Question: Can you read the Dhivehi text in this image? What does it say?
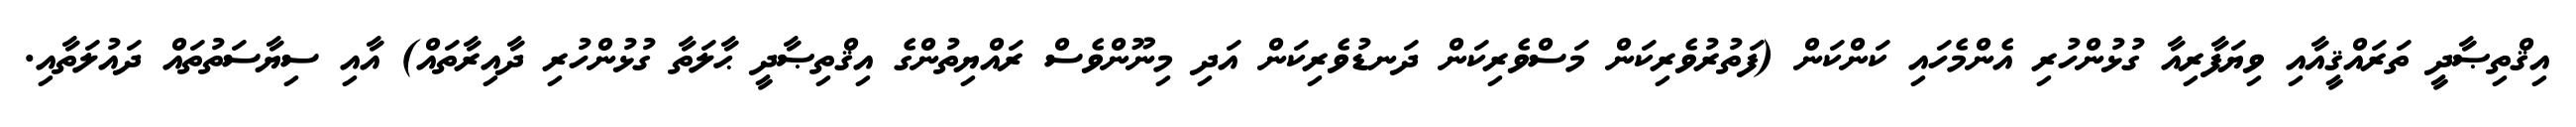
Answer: އިޤްތިޞާދީ ތަރައްޤީއާއި ވިޔަފާރިއާ ގުޅުންހުރި އެންމެހައި ކަންކަން (ފަތުރުވެރިކަން މަސްވެރިކަން ދަނޑުވެރިކަން އަދި މިނޫންވެސް ރައްޔިތުންގެ އިޤްތިޞާދީ ޙާލަތާ ގުޅުންހުރި ދާއިރާތައް) އާއި ސިޔާސަތުތައް ދައުލަތާއި.